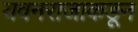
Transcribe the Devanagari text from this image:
यवनराजाकडून